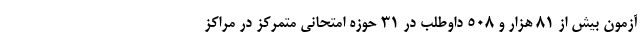
آزمون بیش از ۸۱ هزار و ۵۰۸ داوطلب در ۳۱ حوزه امتحانی متمرکز در مراکز